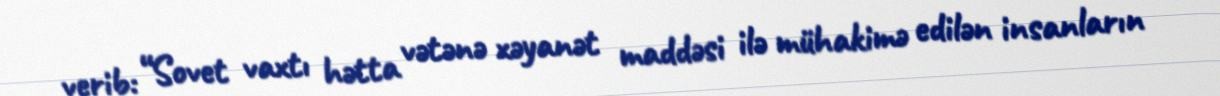
verib: “Sovet vaxtı hətta vətənə xəyanət maddəsi ilə mühakimə edilən insanların